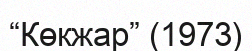
“Көкжар” (1973)